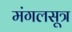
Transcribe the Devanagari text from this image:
मंगलसूत्र